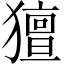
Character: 𤢏